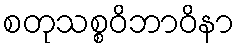
စတုသစ္စဝိဘာဝိနာ